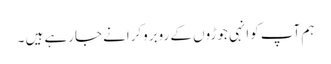
ہم آپ کوانہی جوڑوں کے روبروکرانے جارہے ہیں ۔